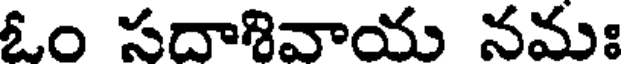
ఓం సదాశివాయ నమః